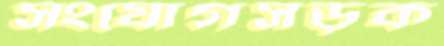
সংযোগসড়ক